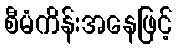
စီမံကိန်းအနေဖြင့်